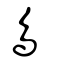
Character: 鳥